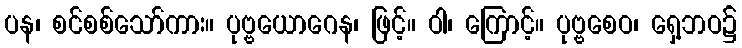
ပန၊ စင်စစ်သော်ကား။ ပုဗ္ဗယောဂေန၊ ဖြင့်။ ဝါ၊ ကြောင့်။ ပုဗ္ဗစေဝ၊ ရှေ့ဘဝ၌